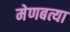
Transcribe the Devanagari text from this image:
मेणबत्या